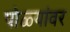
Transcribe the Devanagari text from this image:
पोळ्यांवर